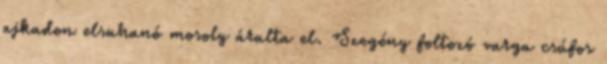
ajkadon elsuhanó mosoly árulta el. Szegény foltozó varga csúfos